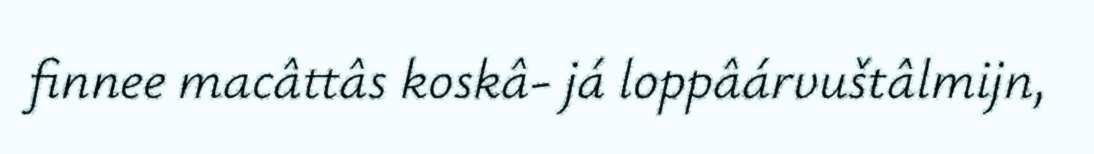
finnee macâttâs koskâ- já loppâárvuštâlmijn,